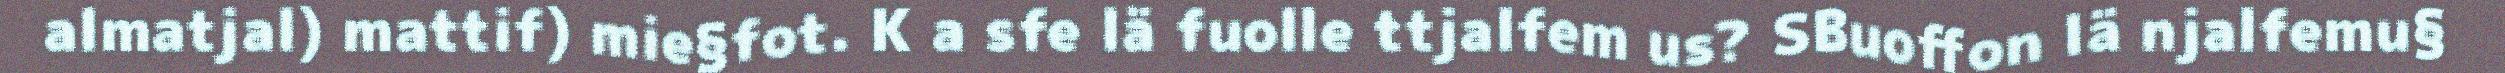
almatjal) mattif) mie§fot. K a sfe lä fuolle ttjalfem us? SBuoffon lä njalfemu§